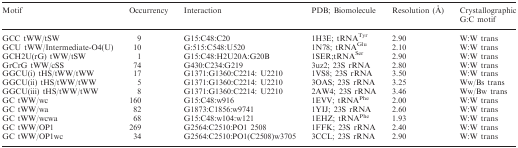
| Motif | Occurrency | Interaction | PDB; Biomolecule | Resolution (Å) | Crystallographic G:C motif |
 | --- | --- | --- | --- | --- | --- |
 | GCC tWW/tSW | 9 | G15:C48:C20 | 1H3E; tRNATyr | 2.90 | W:W trans |
 | GCU tWW/Intermediate-O4(U) | 10 | G:515:C548:U520 | 1N78; tRNAGlu | 2.10 | W:W trans |
 | GCH2U(rG) tWW/tSW | 1 | G15:C48:H2U20A:G20B | 1SER;tRNASer | 2.90 | W:W trans |
 | GrCrG tWW/cSS | 74 | G430:C234:G219 | 3uz2; 23S rRNA | 2.80 | W:W trans |
 | GGCU(i) tHS/tWW/tWW | 17 | G1371:G1360:C2214: U2210 | 1VS8; 23S rRNA | 3.50 | W:W trans |
 | GGCU(ii) tHS/tWW/tWW | 5 | G1371:G1360:C2214: U2210 | 3OAS; 23S rRNA | 3.25 | Ww/Bs trans |
 | GGCU(iii) tHS/tWW/tWW | 8 | G1371:G1360:C2214: U2210 | 2AW4; 23S rRNA | 3.46 | Ww/Bw trans |
 | GC tWW/wc | 160 | G15:C48:w916 | 1EVV; tRNAPhe | 2.00 | W:W trans |
 | GC tWW/wa | 82 | G1873:C1856:w9741 | 1YIJ; 23S rRNA | 2.60 | W:W trans |
 | GC tWW/wcwa | 68 | G15:C48:w104:w121 | 1EHZ; tRNAPhe | 1.93 | W:W trans |
 | GC tWW/OP1 | 269 | G2564:C2510:PO1 2508 | 1FFK; 23S rRNA | 2.40 | W:W trans |
 | GC tWW/OP1wc | 34 | G2564:C2510:PO1(C2508)w3705 | 3CCL; 23S rRNA | 2.90 | W:W trans |